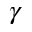
\gamma